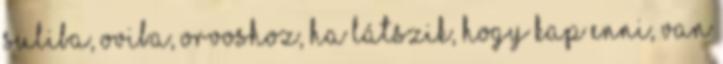
suliba, oviba, orvoshoz, ha látszik, hogy kap enni, van